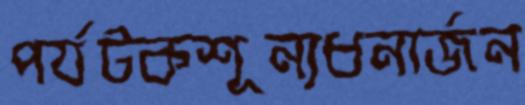
পর্যটকশূন্যধনার্জন